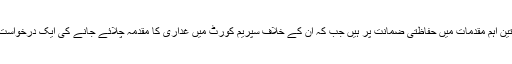
پرویز مشرف ان دنوں تین اہم مقدمات میں حفاظتی ضمانت پر ہیں جب کہ ان کے خلاف سپریم کورٹ میں غداری کا مقدمہ چلائے جانے کی ایک درخواست بھی زیر سماعت ہے۔